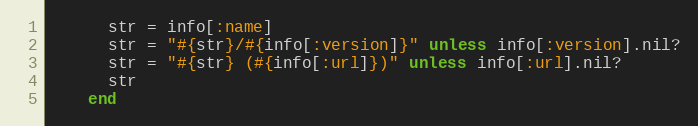
Language: Ruby
      str = info[:name]
      str = "#{str}/#{info[:version]}" unless info[:version].nil?
      str = "#{str} (#{info[:url]})" unless info[:url].nil?
      str
    end